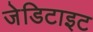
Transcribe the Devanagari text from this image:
जेडिटाइट